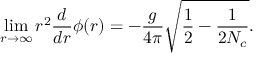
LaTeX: \operatorname * { l i m } _ { r \to \infty } r ^ { 2 } \frac { d } { d r } \phi ( r ) = - \frac { g } { 4 \pi } \sqrt { \frac { 1 } { 2 } - \frac { 1 } { 2 N _ { c } } } .